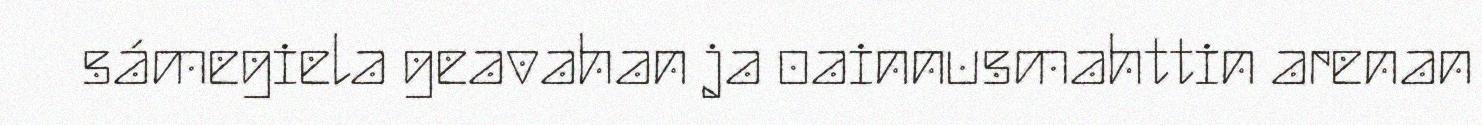
sámegiela geavahan ja oainnusmahttin arenan